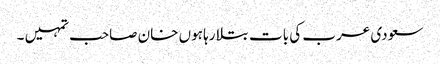
سعودی عرب کی بات بتلا رہا ہوں خان صاحب تمہیں ۔